Annual administration and progress report of the Indian Medical Department, Bombay
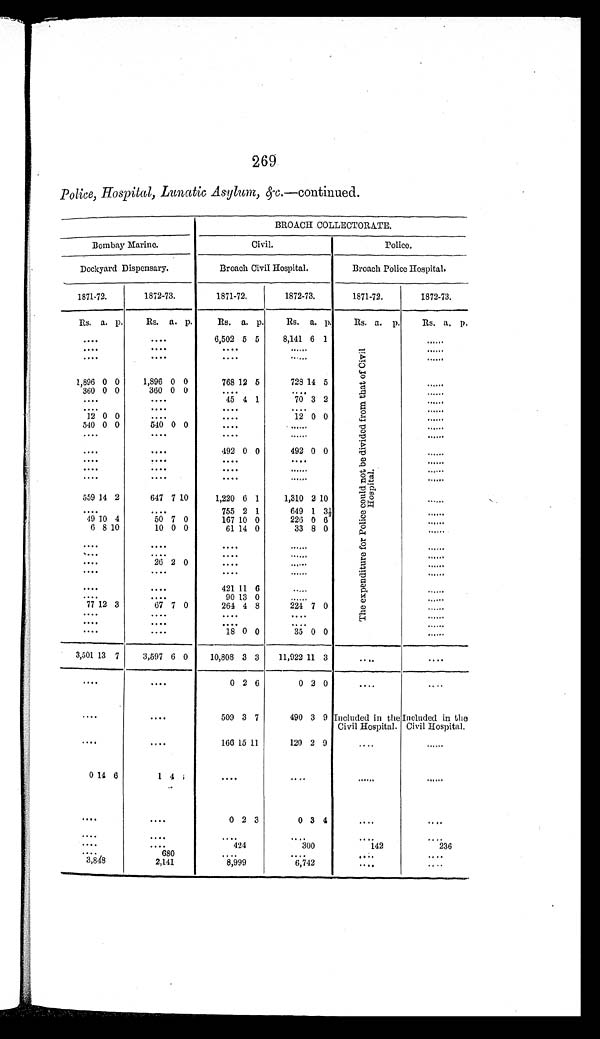
2 6 9
Police, Hospital, Lunatic Asylum, &c. —continued.
BROACH COLLECTORATE.
Bombay Marino.
Civil.
Police.
Dockyard Dispensary.
Broach Civil Hospital.
Broach Police Hospital.
1871-72.
1872-73.
1871-72.
1872-73.
1871-72.
1872-73.
Rs. a. p.
Rs. a. p.
Rs. a. p.
Rs. a. p.
Rs. a. p.
Rs. a. p.
. . . .
. . . .
6 , 5 0 2 5 5
8,141 6 1
T h e e x p e n d i t u r e f o r P o l i c e c o u l d n o t b e d i v i d e d f r o m t h a t o f C i v i l
H o s p i t a l .
. . . .
. . . .
. . . .
. . . .
. . . .
. . . .
. . . .
. . . .
. . . .
. . . .
. . . .
1,896 0 0
1,896 0 0
768 12 5
728 14 5
. . . .
360 0 0
360 0 0
. . . .
. . . .
. . . .
. . . .
. . . .
45 4 1
7 0 3 2
. . . .
. . . .
. . . .
. . . .
. . . .
. . . .
1 2 0 0
. . . .
. . . .
1 2 0 0
. . . .
540 0 0
540 0 0
. . . .
. . . .
. . . .
. . . .
. . . .
. . . .
. . . .
. . . .
. . . .
. . . .
492 0 0
492 0 0
. . . .
. . . .
. . . .
. . . .
. . . .
. . . .
. . . .
. . . .
. . . .
. . . .
. . . .
. . . .
. . . .
. . . .
. . . .
. . . .
559 14 2
647 7 10
1,220 6 1
1,310 2 10
. . . .
. . . .
. . . .
755 2 1
649 1 3½
. . . . .
49 1 0 4
50 7 0
167 1 0 0
226 0 6
6 8 1 0
10 0 0
61 14 0
33 8 0
. . . . . .
. . . .
. . . .
. . . .
. . . .
. . . .
. . . .
. . . .
. . . .
. . . .
. . . .
. . . .
26 2 0
. . . .
. . . .
. . . .
. . . .
. . . .
. . . .
. . . .
. . . .
. . . .
. . . .
421 11 6
. . . .
. . . .
. . . .
. . . .
9 0 13 0
. . . .
. . . .
77 12 3
67 7 0
264 4 8
224 7 0
. . . .
. . . .
. . . .
. . . .
. . . .
. . . .
. . . .
. . . .
. . . .
. . . .
. . . .
. . . .
. . . .
18 0 0
35 0 0
. . . .
3,501 13 7
3,597 6 0
10,808 3 3
11,922 11 3
. . . .
. . . .
. . . .
. . . .
0 2 6
0 2 0
. . . .
. . . .
. . . .
. . . .
509 3 7
490 3 9 I ncl uded i n t he Ci vi l Hos pi t al .
I nc l ude d i n t he Ci vi l Hos pi t a l .
. . . .
. . . .
166 1 5 11
120 2 9
. . . .
. . . .
0 1 4 6
1 4 1
. . . .
. . . .
. . . .
. . . .
. . . .
. . . .
0 2 3
0 3 4
. . . .
. . . .
. . . .
. . . .
. . . .
. . . .
. . . .
. . . .
. . . .
. . . .
424
300
142
2 3 6
. . . .
6 8 0
. . . .
. . . .
. . . .
. . . .
3,848
2,141
8,999
6,742
. . . .
. . . .